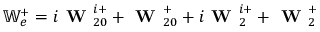
\mathbb { W } _ { e } ^ { + } = i \textbf { W } _ { 2 0 } ^ { i + } + \textbf { W } _ { 2 0 } ^ { + } + i \textbf { W } _ { 2 } ^ { i + } + \textbf { W } _ { 2 } ^ { + }